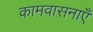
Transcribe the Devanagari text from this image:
कामवासनाएँ